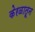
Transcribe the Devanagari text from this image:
केरळातून